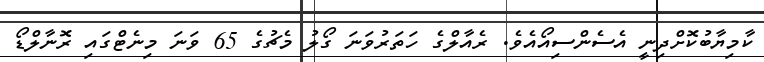
ކާމިޔާބުކޮށްދިނީ އެސެންސިއޯއެވެ. ރެއާލްގެ ހަތަރުވަނަ ގޯލު މެޗުގެ 65 ވަނަ މިނެޓްގައި ރޮނާލްޑޯ